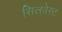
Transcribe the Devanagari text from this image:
सिलवेस्ट